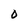
Character: 0